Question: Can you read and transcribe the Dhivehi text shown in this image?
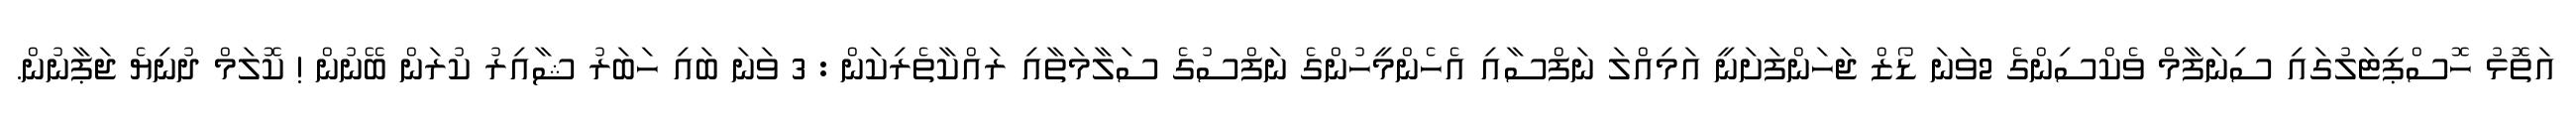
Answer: އަތޮޅު ހޮސްޕިޓަލުގައި ސިނަފާމް ވެކްސިންގެ 2ވަނަ ޑޯޒް ޖަހަންފަށަނީ އަމިއްލަ ނަފްސާއި އެހެންމީހުންގެ ނަފްސުގެ ސަލާމަތާއި ރައްކާތެރިކަން : 3 ވަނަ ބައި ހަބަރު ޝާއިރު ކުރަން ބޭނުން ! ކޮލަމް ދުނިޔެ ޖަޕާނުން.